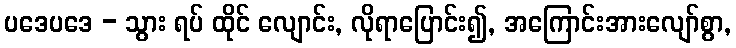
ပဒေပဒေ - သွား ရပ် ထိုင် လျောင်း, လိုရာပြောင်း၍, အကြောင်းအားလျော်စွာ,